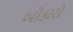
બોકારો